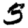
Digit: 3